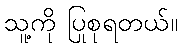
သူ့ကို ပြုစုရတယ်။